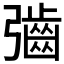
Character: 𫹁